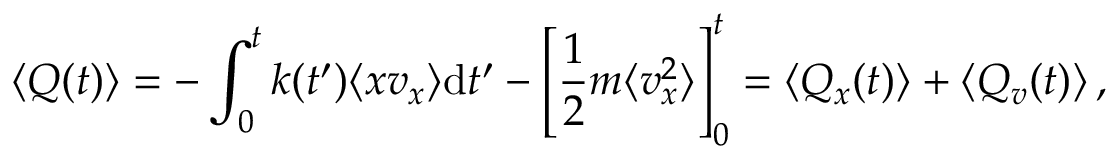
\langle Q ( t ) \rangle = - \int _ { 0 } ^ { t } k ( t ^ { \prime } ) \langle x v _ { x } \rangle \mathrm d t ^ { \prime } - \left[ \frac { 1 } { 2 } m \langle v _ { x } ^ { 2 } \rangle \right] _ { 0 } ^ { t } = \langle Q _ { x } ( t ) \rangle + \langle Q _ { v } ( t ) \rangle \, ,